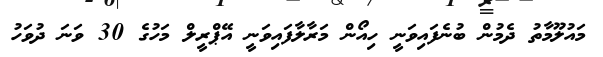
މައުލޫމާތު ދެމުން ބުނެފައިވަނީ ހިއޯން މަރާލާފައިވަނީ އޭޕްރީލް މަހުގެ 30 ވަނަ ދުވަހު